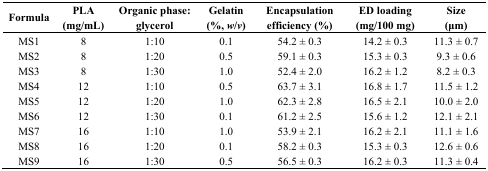
<table><thead><tr><td><b>Formula</b></td><td><b>PLA (mg/mL)</b></td><td><b>Organic phase: glycerol</b></td><td><b>Gelatin (%, <i>w</i>/<i>v</i>)</b></td><td><b>Encapsulation efficiency (%)</b></td><td><b>ED loading (mg/100 mg)</b></td><td><b>Size (μm)</b></td></tr></thead><tbody><tr><td>MS1</td><td>8</td><td>1:10</td><td>0.1</td><td>54.2 ± 0.3</td><td>14.2 ± 0.3</td><td>11.3 ± 0.7</td></tr><tr><td>MS2</td><td>8</td><td>1:20</td><td>0.5</td><td>59.1 ± 0.3</td><td>15.3 ± 0.3</td><td>9.3 ± 0.6</td></tr><tr><td>MS3</td><td>8</td><td>1:30</td><td>1.0</td><td>52.4 ± 2.0</td><td>16.2 ± 1.2</td><td>8.2 ± 0.3</td></tr><tr><td>MS4</td><td>12</td><td>1:10</td><td>0.5</td><td>63.7 ± 3.1</td><td>16.8 ± 1.7</td><td>11.5 ± 1.2</td></tr><tr><td>MS5</td><td>12</td><td>1:20</td><td>1.0</td><td>62.3 ± 2.8</td><td>16.5 ± 2.1</td><td>10.0 ± 2.0</td></tr><tr><td>MS6</td><td>12</td><td>1:30</td><td>0.1</td><td>61.2 ± 2.5</td><td>15.6 ± 1.2</td><td>12.1 ± 2.1</td></tr><tr><td>MS7</td><td>16</td><td>1:10</td><td>1.0</td><td>53.9 ± 2.1</td><td>16.2 ± 2.1</td><td>11.1 ± 1.6</td></tr><tr><td>MS8</td><td>16</td><td>1:20</td><td>0.1</td><td>58.2 ± 0.3</td><td>15.3 ± 0.3</td><td>12.6 ± 0.6</td></tr><tr><td>MS9</td><td>16</td><td>1:30</td><td>0.5</td><td>56.5 ± 0.3</td><td>16.2 ± 0.3</td><td>11.3 ± 0.4</td></tr></tbody></table>